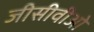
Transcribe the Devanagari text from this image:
जीसीवीओ